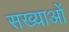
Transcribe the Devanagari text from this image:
सख्याओं